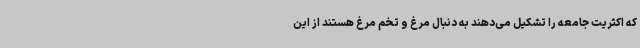
که اکثریت جامعه را تشکیل می‌دهند به دنبال مرغ و تخم مرغ هستند از این